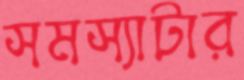
সমস্যাটার